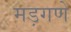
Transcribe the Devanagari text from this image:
मड़गणे